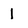
Character: 1